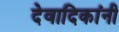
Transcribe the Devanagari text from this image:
देवादिकांनी